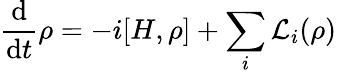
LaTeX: \frac{\mathrm{d}}{\mathrm{d}t}\rho=-i[H,\rho]+\sum_{i}\mathcal{L}_{i}(\rho)